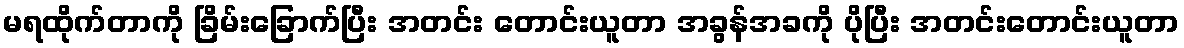
မရထိုက်တာကို ခြိမ်းခြောက်ပြီး အတင်း တောင်းယူတာ အခွန်အခကို ပိုပြီး အတင်းတောင်းယူတာ